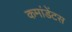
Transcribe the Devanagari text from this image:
कमांडेंटस